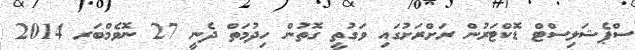
ސްޕެޝަލިސްޓް ޑޮކްޓަރުން ރަށްރަށުގައި ވަގުތީ ގޮތުން ހިދުމަތް ދެނީ 27 ނޮވެމްބަރ 2014